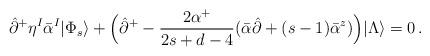
LaTeX: \begin{align*}\hat{\partial}^+\eta^I\bar{\alpha}^I|\Phi_s\rangle+\Bigl(\hat{\partial}^+-\frac{2\alpha^+}{2s+d-4}(\bar{\alpha}\hat{\partial}+(s-1)\bar{\alpha}^z)\Bigr)|\Lambda\rangle=0\,.\end{align*}